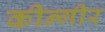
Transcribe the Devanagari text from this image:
कीन्गीर